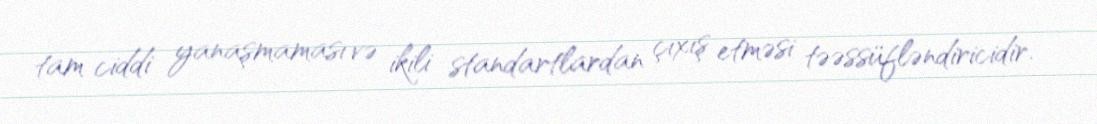
tam ciddi yanaşmaması və ikili standartlardan çıxış etməsi təəssüfləndiricidir.